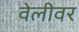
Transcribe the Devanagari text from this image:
वेलीवर